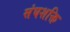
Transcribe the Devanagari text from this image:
संघशक्ति